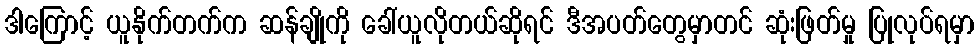
ဒါကြောင့် ယူနိုက်တက်က ဆန်ချိုကို ခေါ်ယူလိုတယ်ဆိုရင် ဒီအပတ်တွေမှာတင် ဆုံးဖြတ်မှု ပြုလုပ်ရမှာ